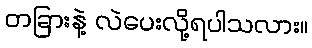
တခြားနဲ့ လဲပေးလို့ရပါသလား။